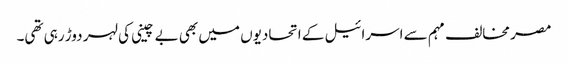
مصر مخالف مہم سے اسرائیل کے اتحادیوں میں بھی بے چینی کی لہر دوڑ رہی تھی۔